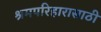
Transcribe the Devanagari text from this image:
श्रमपरिहारासाठी